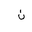
Letter: _non